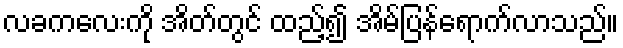
လခကလေးကို အိတ်တွင် ထည့်၍ အိမ်ပြန်ရောက်လာသည်။